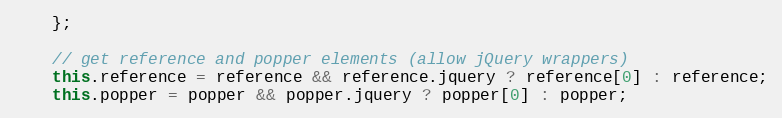
Language: JavaScript
    };

    // get reference and popper elements (allow jQuery wrappers)
    this.reference = reference && reference.jquery ? reference[0] : reference;
    this.popper = popper && popper.jquery ? popper[0] : popper;